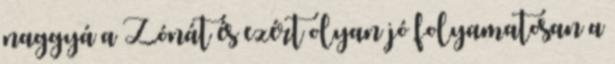
naggyá a Zónát és ezért olyan jó folyamatosan a